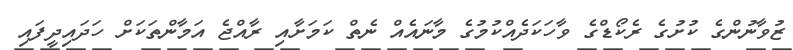
ޒުވާނުންގެ ކުށުގެ ރެކޯޑްގެ ވާހަކަދެއްކުމުގެ މާނައެއް ނެތް ކަމަށާއި ރާއްޖެ އަމާންތަކަށް ހަދައިދީފައި